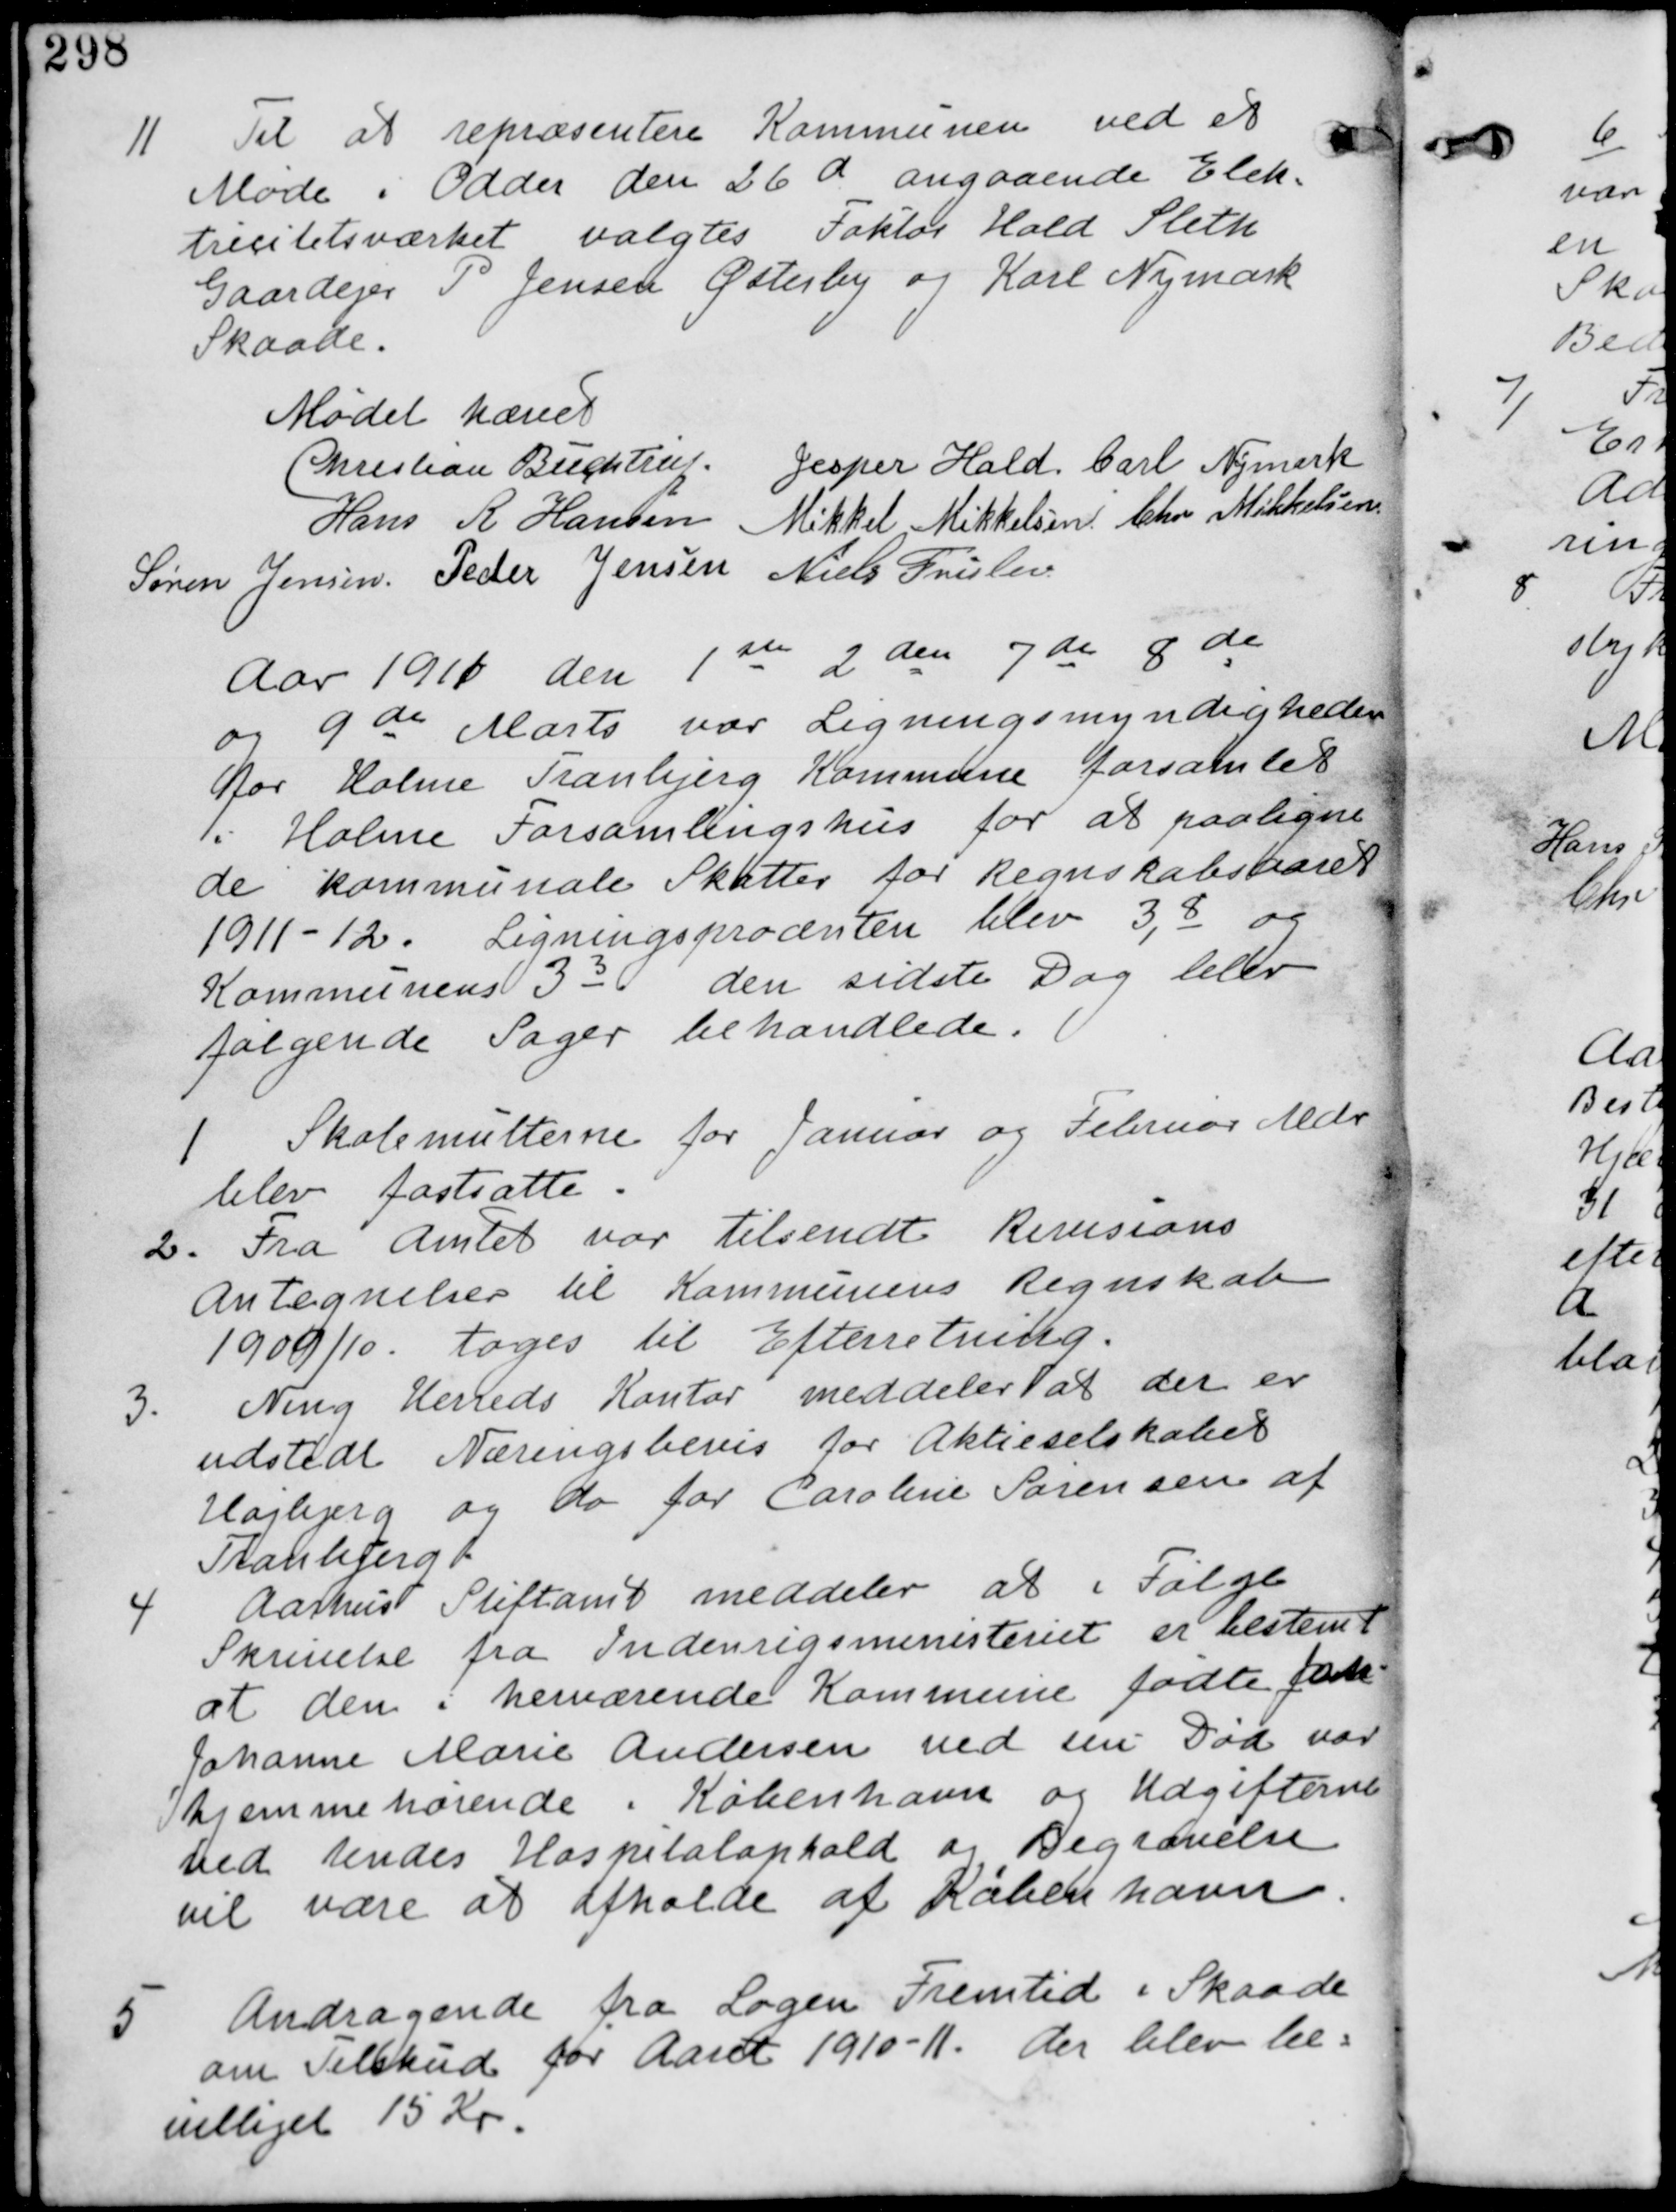
Transskription:
11 Til at repræsentere Kommunen ved et
Møde i Odder den 26 d angaaende Elek-
trisitetsværket valgtes Faktor Kold Sleth
Gaardejer P Jensen Østerby og Karl Nymark
Skaade

Mødet hævet
Christian Buchtrup. Jesper Hald. Carl Nymark
Hans R Hansen Mikkel Mikkelsen Chr Mikkelsen
Søren Jensen Peder Jensen Niels Frislev

Aar 1911 den 1ste 2den 7de 8de
og 9de Marts var Ligningsmyndigheden
for Holme Tranbjerg Kommune forsamlet
i Holme Forsamlingshus for at paaligne
de kommunale Skatter for Regnskabsaaret
1911-12. Ligningsprocenten blev 3,8 og
Kommunens 33 den sidste Dag blev
følgende Sager behandlede.

1. Skolemulterne for Januar og Februar Mdr
blev fastsatte.

2. Fra Amtet var tilsendt Revisions
antegnelser til Kommunens Regnskab
1909/10. tages til Efterretning.

3. Ning Herreds Kontor meddeler at der er
udstedt Næringsbevis for Aktieselskabet
Højbjerg og do for Caroline Sørensen af
Tranbjerg

4 Aahus Stiftamt meddeler at i Følge
Skrivelse fra Indenrigsministeriet er bestemt
at den i herværende Kommune fødte
Johanne Marie Andersen ved sin Død var
hjemmehørende i København og Udgifterne
ved hendes Hospitalophold og Begravelse
vil være at afholde af København.

5
Andragende fra Logen Fremtid i Skaade
om Tilskud for Aaret 1910-11. der blev be-
villiget 15 Kr.